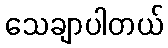
သေချာပါတယ်